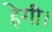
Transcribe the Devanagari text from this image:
हेगी।